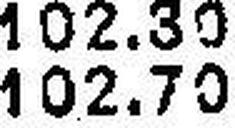
102.70